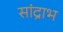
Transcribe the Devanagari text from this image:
सांद्राभ